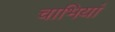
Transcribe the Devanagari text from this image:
चाभियां